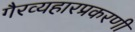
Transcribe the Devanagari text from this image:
गैरव्यहारप्रकरणी